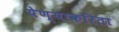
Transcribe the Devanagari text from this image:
येण्याकरिता